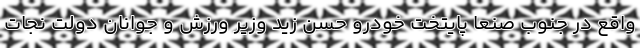
واقع در جنوب صنعا پایتخت خودرو حسن زید وزیر ورزش و جوانان دولت نجات